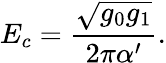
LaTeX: E_{c}=\frac{\sqrt{g_{0}g_{1}}}{2\pi\alpha^{\prime}}.